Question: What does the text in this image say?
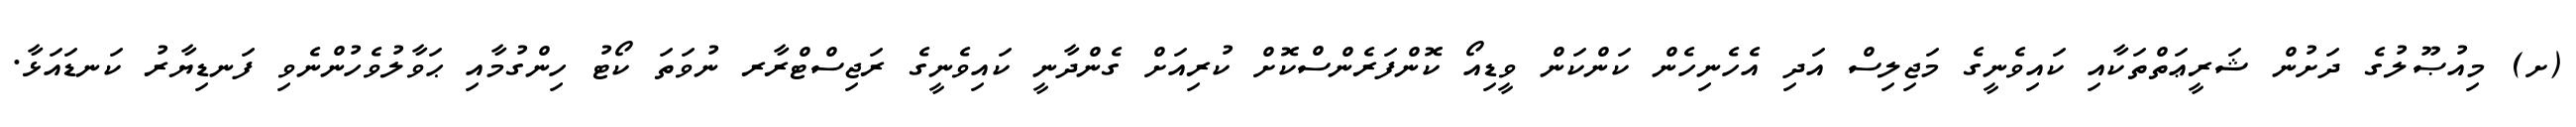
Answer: (ށ) މިއުޞޫލުގެ ދަށުން ޝަރީޢަތްތަކާއި ކައިވެނީގެ މަޖިލިސް އަދި އެހެނިހެން ކަންކަން ވީޑިއޯ ކޮންފަރެންސްކޮށް ކުރިއަށް ގެންދާނީ ކައިވެނީގެ ރަޖިސްޓްރާރ ނުވަތަ ކޯޓު ހިންގުމާއި ޙަވާލުވެހުންނެވި ފަނޑިޔާރު ކަނޑައަޅާ.